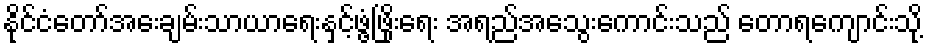
နိုင်ငံတော်အေးချမ်းသာယာရေးနှင့်ဖွံ့ဖြိုးရေး အရည်အသွေးကောင်းသည် တောရကျောင်းသို့